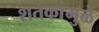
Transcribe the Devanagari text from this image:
शतकांमुळे